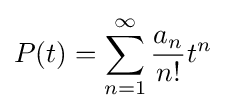
P(t)=\sum _{n=1}^{\infty }{a_{n} \over n!}t^{n}